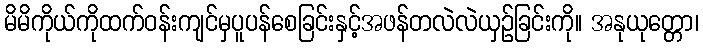
မိမိကိုယ်ကိုထက်ဝန်းကျင်မှပူပန်စေခြင်းနှင့်အဖန်တလဲလဲယှဉ်ခြင်းကို။ အနုယုတ္တော၊